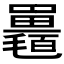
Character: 𣰱